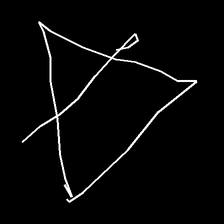
Glyph: empower